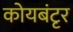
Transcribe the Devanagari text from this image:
कोयबंटृर